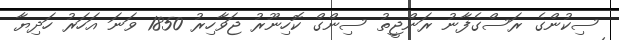
ސިކުންގެ ރަސްގެފާނު ރަންޖީތު ސިންގް ކޮހިނޫރު ޖަވާހިރު 1850 ވަނަ އަހަރު ހަދިޔާ